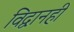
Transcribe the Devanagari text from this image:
विद्वानही